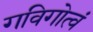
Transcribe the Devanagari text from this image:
गविगोत्वं